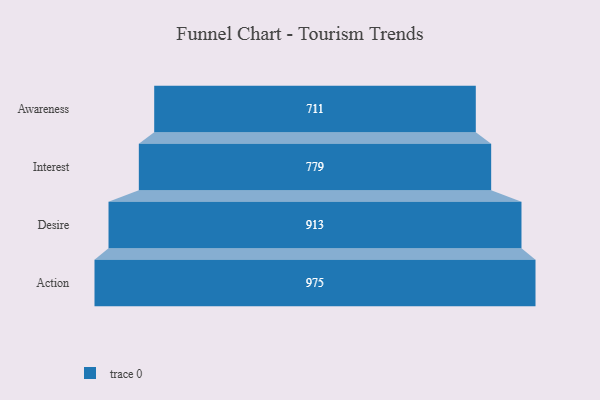
{"axis": {"x": "Stage", "y": "Value"}, "legend": [""], "data": [{"x": "Awareness", "y": 711.0, "type": ""}, {"x": "Interest", "y": 779.0, "type": ""}, {"x": "Desire", "y": 913.0, "type": ""}, {"x": "Action", "y": 975.0, "type": ""}]}